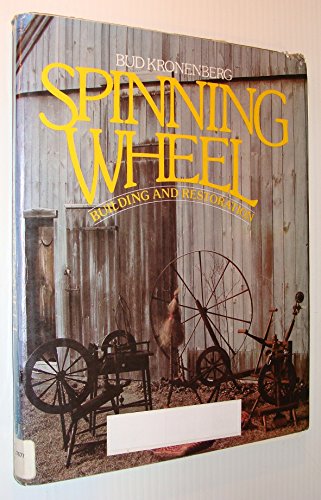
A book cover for Spinning Wheel Building and Restoration; Bud Kronenberg; Crafts, Hobbies & Home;